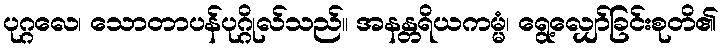
ပုဂ္ဂလေ၊ သောတာပန်ပုဂ္ဂိုလ်သည်။ အနန္တရိယကမ္မံ၊ ရွေ့လျှော်ခြင်းစုတိ၏